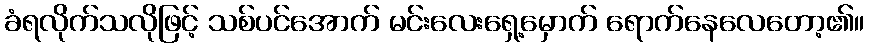
ခံရလိုက်သလိုဖြင့် သစ်ပင်အောက် မင်းလေးရှေ့မှောက် ရောက်နေလေတော့၏။